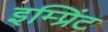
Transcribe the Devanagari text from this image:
इम्‍प्रिंट